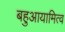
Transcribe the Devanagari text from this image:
बहुआयामित्व